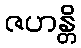
ဇဟန္တိ